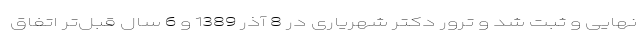
نهایی و ثبت شد و ترور دکتر شهریاری در 8 آذر 1389 و 6 سال قبل‌تر اتفاق